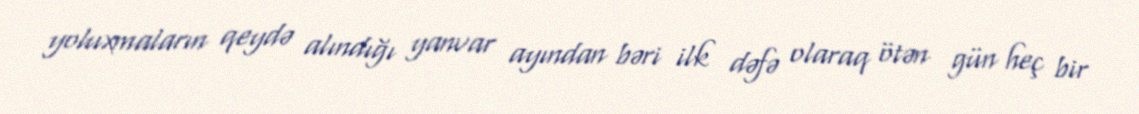
yoluxmaların qeydə alındığı yanvar ayından bəri ilk dəfə olaraq ötən gün heç bir